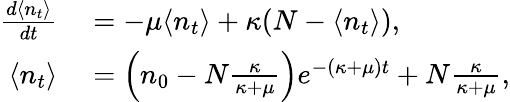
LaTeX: \begin{array}{rl}{\frac{d\langle n_{t}\rangle}{dt}}&{{}=-\mu\langle n_{t}\rangle+\kappa(N-\langle n_{t}\rangle),}\\ {\langle n_{t}\rangle}&{{}=\left(n_{0}-N\frac{\kappa}{\kappa+\mu}\right)e^{-(\kappa+\mu)t}+N\frac{\kappa}{\kappa+\mu},}\end{array}